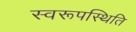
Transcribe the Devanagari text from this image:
स्वरूपस्थिति